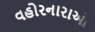
વહોરનારાઓ